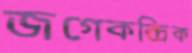
জগেকন্দ্রিক